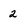
Character: 2